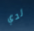
لدي